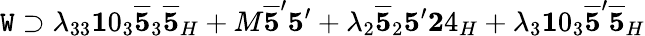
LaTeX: \mathtt{W}\supset\lambda_{33}{\mathbf{1}0}_{3}\overline{{{{{\mathbf{5}}}}}}_{3}\overline{{{{{\mathbf{5}}}}}}_{H}+M\overline{{{{{\mathbf{5}}}}}}^{\prime}{\mathbf{5}}^{\prime}+\lambda_{2}\overline{{{{{\mathbf{5}}}}}}_{2}{\mathbf{5}}^{\prime}{\mathbf{2}4}_{H}+\lambda_{3}{\mathbf{1}0}_{3}\overline{{{{{\mathbf{5}}}}}}^{\prime}\overline{{{{{\mathbf{5}}}}}}_{H}